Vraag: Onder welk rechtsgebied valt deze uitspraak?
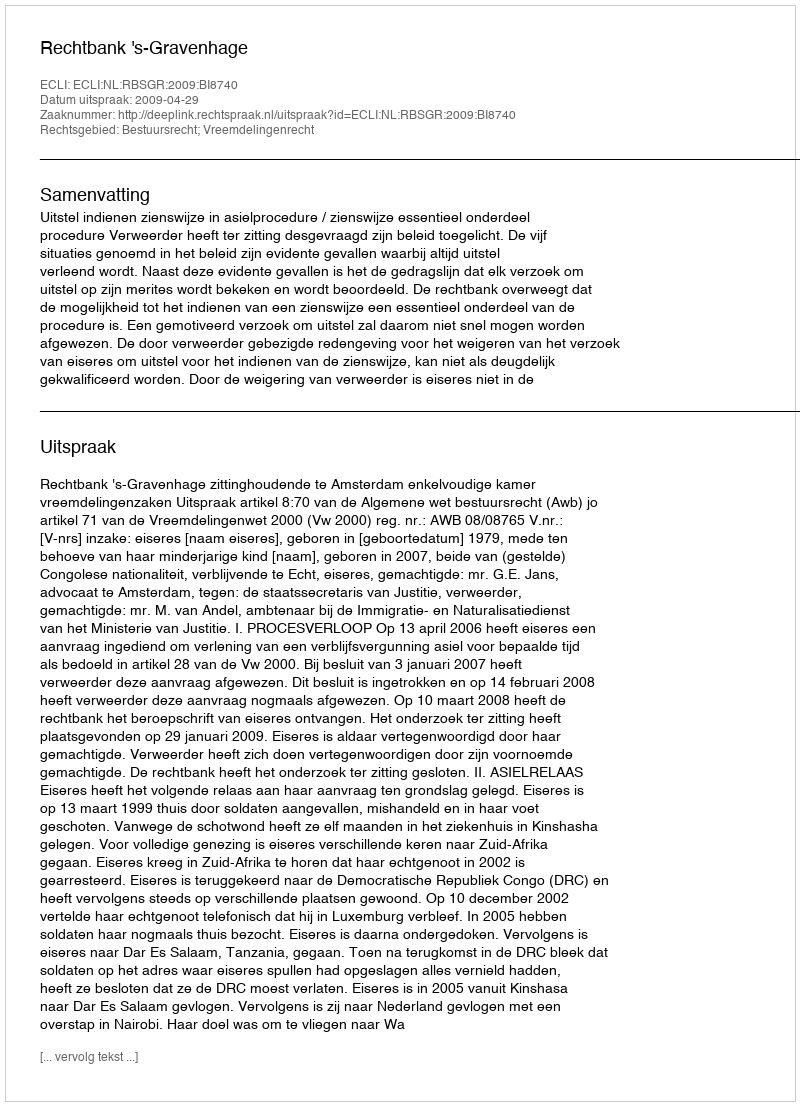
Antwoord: Bestuursrecht; Vreemdelingenrecht